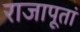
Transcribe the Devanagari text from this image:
राजापूतां